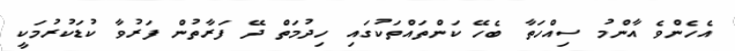
އެހެންވެ އާންމު ސިއްހަތާ ބެހޭ ކަންތައްތަކުގައި ހިދުމަތް ދޭ ފަރާތުން ފަރުވާ ކުޑަކުރުމަކީ